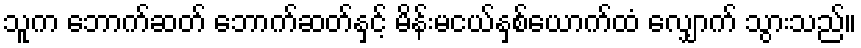
သူက ဘောက်ဆတ် ဘောက်ဆတ်နှင့် မိန်းမငယ်နှစ်ယောက်ထံ လျှောက် သွားသည်။